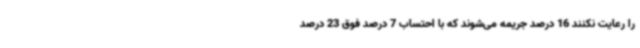
را رعایت نکنند 16 درصد جریمه می‌شوند که با احتساب 7 درصد فوق 23 درصد